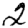
Digit: 2